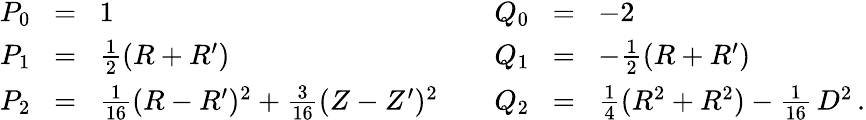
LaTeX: \begin{array}{rcl}{P_{0}\! }&{=}&{\! 1}\\ {P_{1}\! }&{=}&{\! \frac{1}{2}(R+R^{\prime})}\\ {P_{2}\! }&{=}&{\! \frac{1}{16}(R-R^{\prime})^{2}+\frac{3}{16}(Z-Z^{\prime})^{2}}\end{array}\qquad\begin{array}{rcl}{Q_{0}\! }&{=}&{\! -2}\\ {Q_{1}\! }&{=}&{\! -\frac{1}{2}(R+R^{\prime})}\\ {Q_{2}\! }&{=}&{\! \frac{1}{4}(R^{2}+R^{2})-\frac{1}{16}\, D^{2}\, .}\end{array}